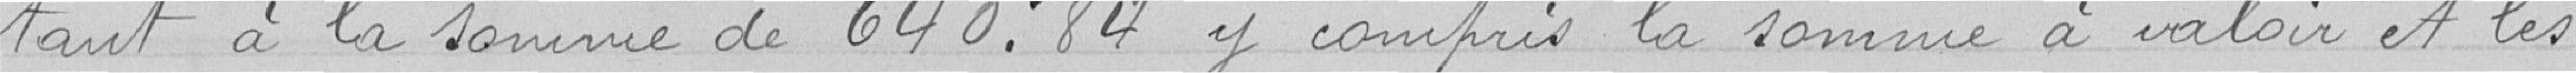
-tant à la somme de 640.84 francs y compris la somme à valoir et les